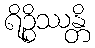
ရိဉ္စိဿန္တိ